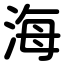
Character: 海